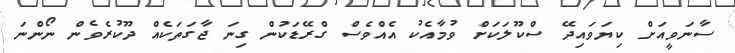
ސާނަވީއަށް ކިޔަވައިދޭ ސްކޫލަކަށް ވުމާއެކު އެއްވެސް ގްރޭޑަކުން ގިނަ ޖާގަތަކެއް ދޫކުރެވެން ނޯންނަ